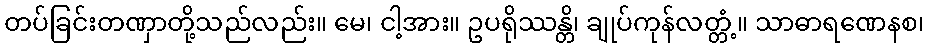
တပ်ခြင်းတဏှာတို့သည်လည်း။ မေ၊ ငါ့အား။ ဥပရိုဿန္တိ၊ ချုပ်ကုန်လတ္တံ့။ သာဓာရဏေနစ၊